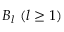
B _ { l } \ ( l \geq 1 )